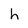
Character: h